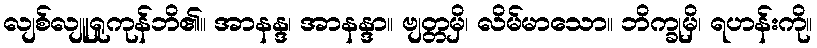
လျစ်လျူရှုကုန်ဘိ၏။ အာနန္ဒ၊ အာနန္ဒာ။ ဗျတ္တမှိ၊ လိမ်မာသော။ ဘိက္ခုမှိ၊ ရဟန်းကို။